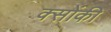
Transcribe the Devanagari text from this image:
क्सोंकी